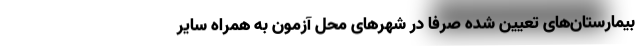
بیمارستان‌های تعیین شده صرفاً در شهر‌های محل آزمون به همراه سایر